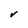
Character: v